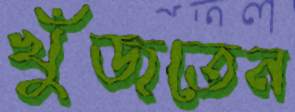
খুঁজতেন